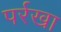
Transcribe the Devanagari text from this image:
पर्रखा